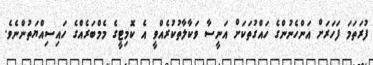
ފުރަތަމަ ފަހަރަށް އަންހެނުންގެ ހައްގުތަކަށް އަނީސާ ވަކާލާތުކުރެއްވީ އެ ކޮމިޓީގެ މެމްބަރެއްގެ ހައިސިއްޔަތުންނެވެ.